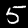
Label: 5